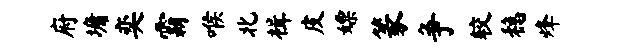
府墉奕霸喉北楫皮嫖篆争较稳烽